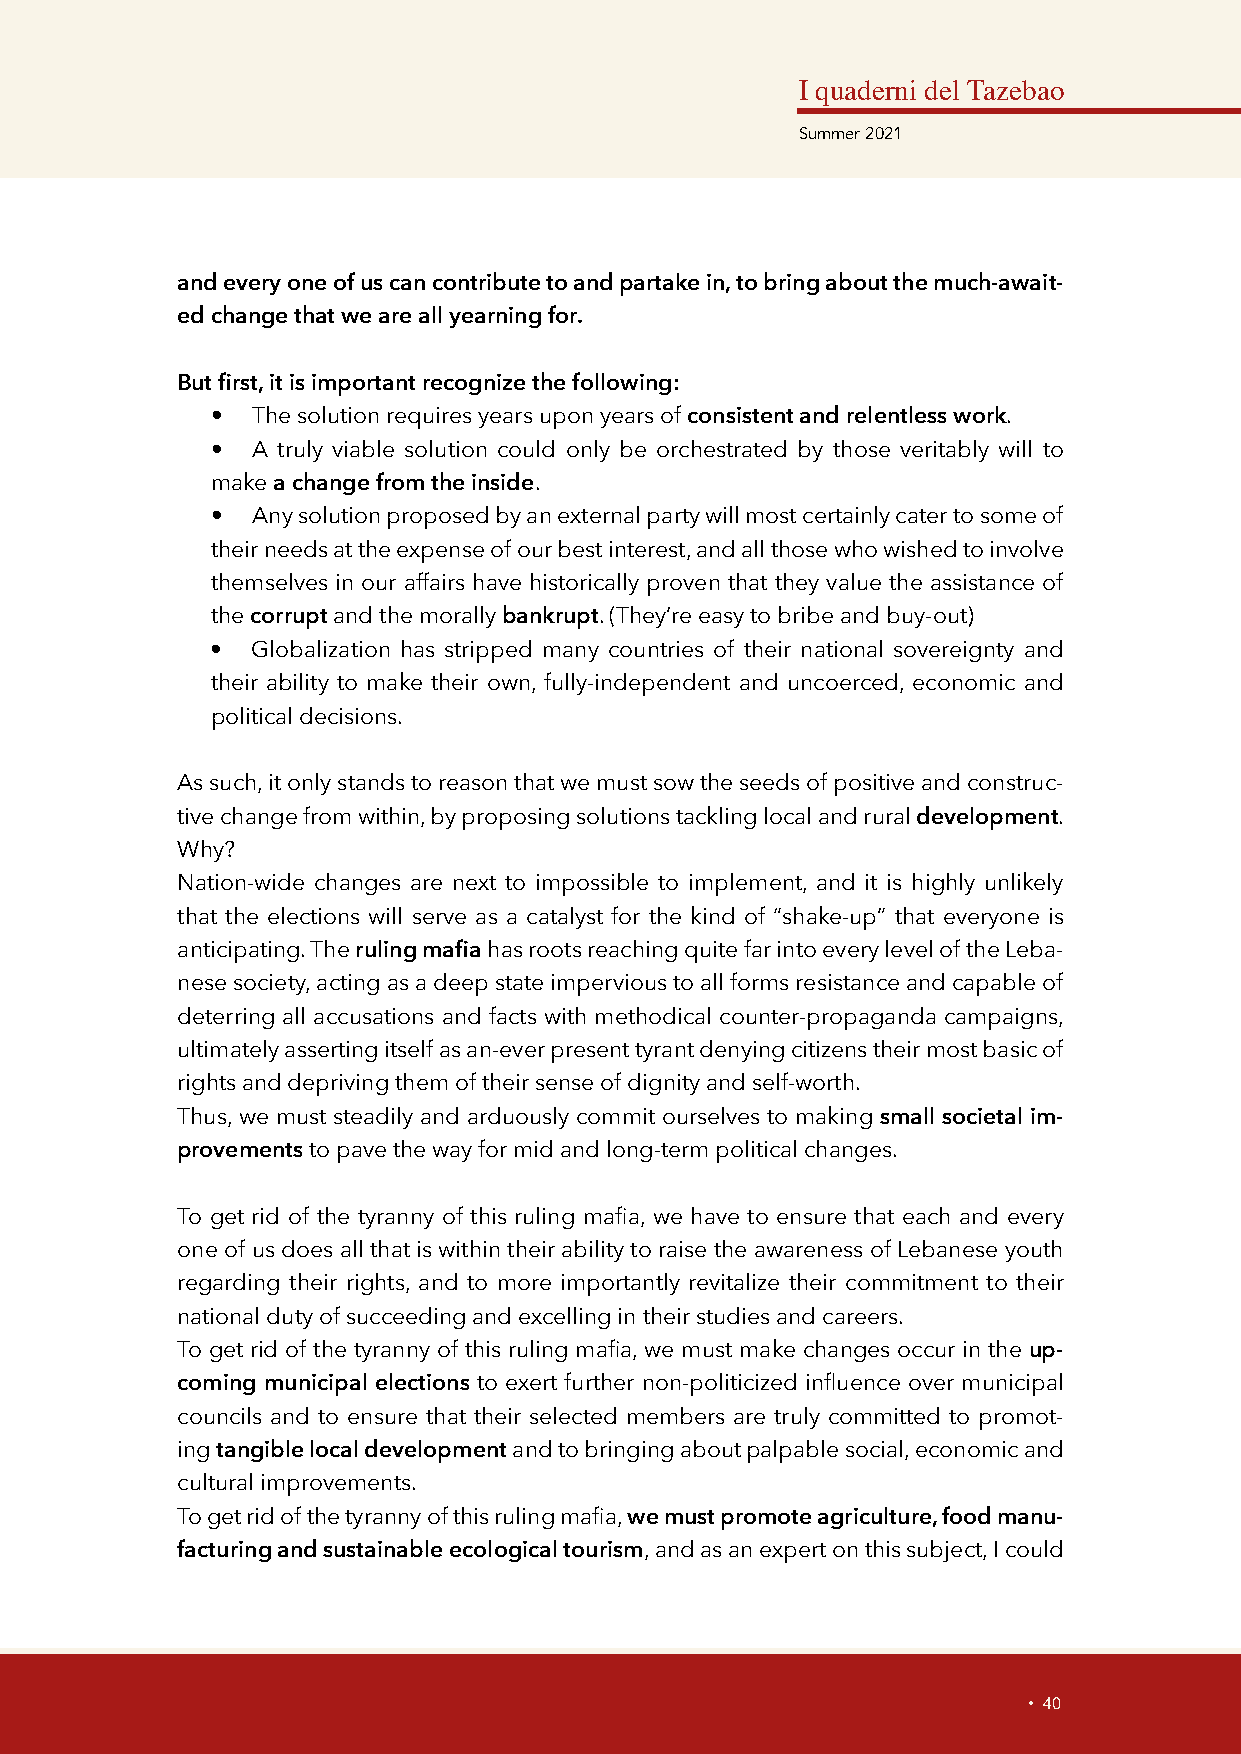
I quaderni del Tazebao
 Summer 2021
 and every one of us can contribute to and partake in, to bring about the much-await-
 ed change that we are all yearning for.
 But first, it is important recognize the following:
 •  The solution requires years upon years of consistent and relentless work.
 •  A truly viable solution could only be orchestrated by those veritably will to
 make a change from the inside.
 •  Any solution proposed by an external party will most certainly cater to some of
 their needs at the expense of our best interest, and all those who wished to involve
 themselves in our affairs have historically proven that they value the assistance of
 the corrupt and the morally bankrupt. (They’re easy to bribe and buy-out)
 •  Globalization has stripped many countries of their national sovereignty and
 their ability to make their own, fully-independent and uncoerced, economic and
 political decisions.
 As such, it only stands to reason that we must sow the seeds of positive and construc-
 tive change from within, by proposing solutions tackling local and rural development.
 Why?
 Nation-wide changes are next to impossible to implement, and it is highly unlikely
 that the elections will serve as a catalyst for the kind of “shake-up” that everyone is
 anticipating. The ruling mafia has roots reaching quite far into every level of the Leba-
 nese society, acting as a deep state impervious to all forms resistance and capable of
 deterring all accusations and facts with methodical counter-propaganda campaigns,
 ultimately asserting itself as an-ever present tyrant denying citizens their most basic of
 rights and depriving them of their sense of dignity and self-worth.
 Thus, we must steadily and arduously commit ourselves to making small societal im-
 provements to pave the way for mid and long-term political changes.
 To get rid of the tyranny of this ruling mafia, we have to ensure that each and every
 one of us does all that is within their ability to raise the awareness of Lebanese youth
 regarding their rights, and to more importantly revitalize their commitment to their
 national duty of succeeding and excelling in their studies and careers.
 To get rid of the tyranny of this ruling mafia, we must make changes occur in the up-
 coming municipal elections to exert further non-politicized influence over municipal
 councils and to ensure that their selected members are truly committed to promot-
 ing tangible local development and to bringing about palpable social, economic and
 cultural improvements.
 To get rid of the tyranny of this ruling mafia, we must promote agriculture, food manu-
 facturing and sustainable ecological tourism, and as an expert on this subject, I could
 • 40